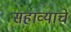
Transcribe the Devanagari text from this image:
सहाव्याचे